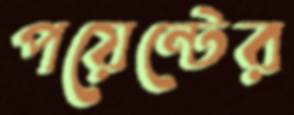
পয়েন্টের